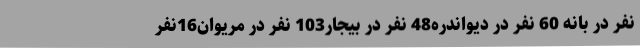
نفر در بانه 60 نفر در دیواندره48 نفر در بیجار103 نفر در مریوان16نفر